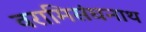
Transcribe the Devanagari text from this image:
वरामिसंघनाथ